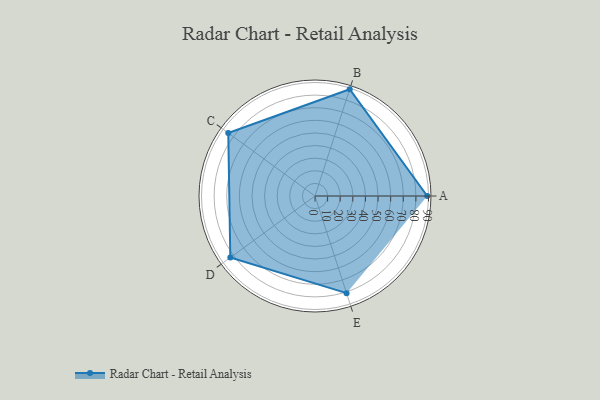
{"axis": {"x": "Skill", "y": "Score"}, "legend": ["Profile"], "data": [{"x": "A", "y": 89.0, "type": "Profile"}, {"x": "B", "y": 89.0, "type": "Profile"}, {"x": "C", "y": 85.0, "type": "Profile"}, {"x": "D", "y": 83.0, "type": "Profile"}, {"x": "E", "y": 81.0, "type": "Profile"}]}